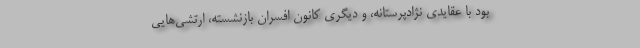
بود با عقایدی نژادپرستانه، و دیگری کانون افسران بازنشسته، ارتشی‌هایی